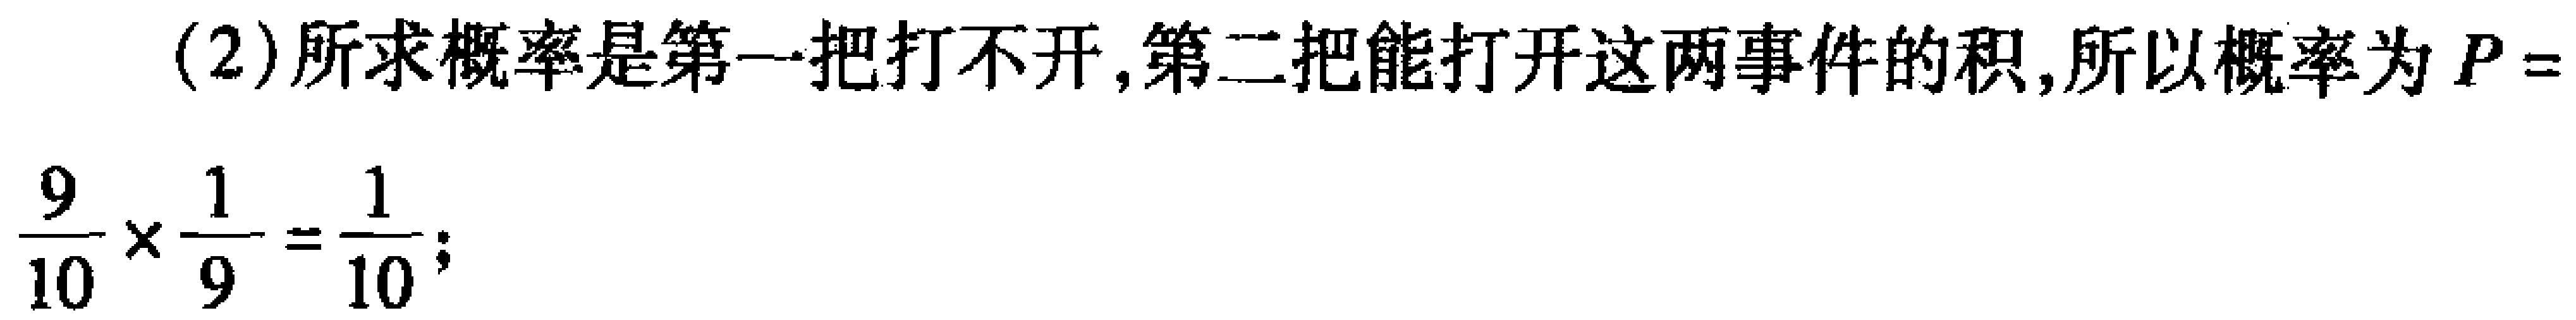
(2)所求概率是第一把打不开,第二把能打开这两事件的积,所以概率为\(P = \frac{9}{10}\times\frac{1}{9}=\frac{1}{10};\)